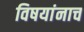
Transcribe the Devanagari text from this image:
विषयांनाच